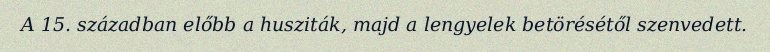
A 15. században előbb a husziták, majd a lengyelek betörésétől szenvedett.